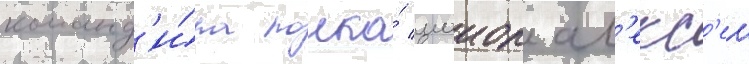
команд'и́ра полка́ маиор ал'екс'еи